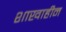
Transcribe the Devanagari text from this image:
शाखाहीन